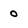
Character: 0